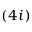
( 4 i )